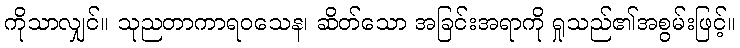
ကိုသာလျှင်။ သုညတာကာရဝသေန၊ ဆိတ်သော အခြင်းအရာကို ရှုသည်၏အစွမ်းဖြင့်။